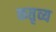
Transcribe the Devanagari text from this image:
कतृव्य